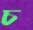
চ